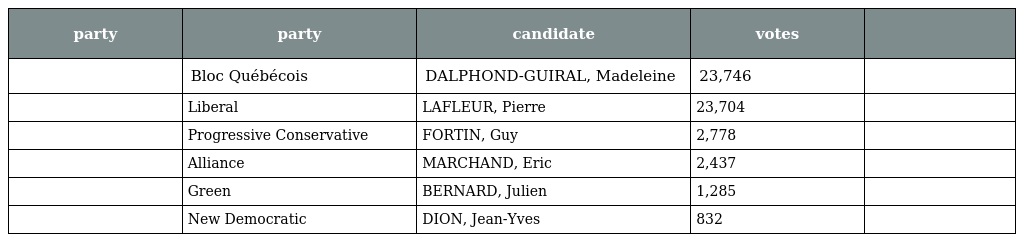
| party | party | candidate | votes |  |
 | --- | --- | --- | --- | --- |
 |  | Bloc Québécois | DALPHOND-GUIRAL, Madeleine | 23,746 |  |
 |  | Liberal | LAFLEUR, Pierre | 23,704 |  |
 |  | Progressive Conservative | FORTIN, Guy | 2,778 |  |
 |  | Alliance | MARCHAND, Eric | 2,437 |  |
 |  | Green | BERNARD, Julien | 1,285 |  |
 |  | New Democratic | DION, Jean-Yves | 832 |  |